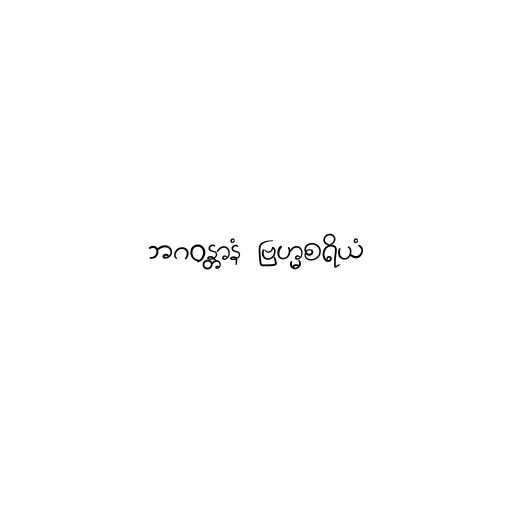
ဘဂဝန္တာနံ ဗြဟ္မစရိယံ